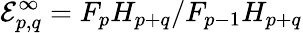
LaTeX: \mathcal{E}_{p,q}^{\infty}=F_{p}H_{p+q}/F_{p-1}H_{p+q}